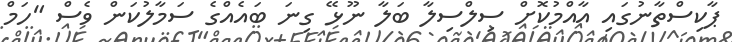
ޕާކިސްތާނުގައި އާއްމުކޮށް ސިލްސިލާ ބަލާ ނޫޅޭ ގިނަ ބައެއްގެ ސަމާލުކަން ވެސް "ހަމް